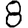
Digit: 8